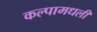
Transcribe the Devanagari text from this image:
कल्पामधली